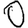
Digit: 0